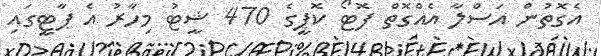
އެގޮތުން އަސްލާ އެއްގޮތް ފޮޓޯ ކޮޕީގެ 470 ޝީޓު މިހާރު އެ ޕާޓީގައި